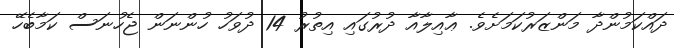
ދައްކަމުންދާ މަންޒަރުކަމަށެވެ. ޢާއިލާއާ ދުރުގައި އިތުރު 14 ދުވަހު ހުންނަން ޖެހުނަސް ކަމާބެހޭ